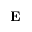
\mathbf { E }